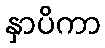
နှာပိကာ